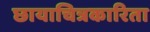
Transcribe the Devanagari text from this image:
छायाचित्रकारिता